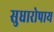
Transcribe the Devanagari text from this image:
सुधारोपाय